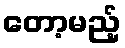
တော့မည့်